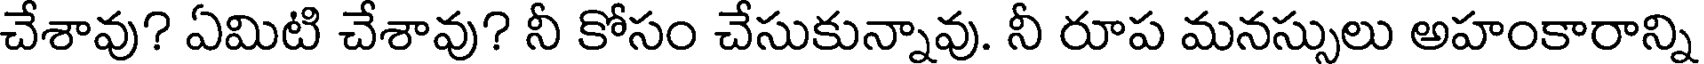
చేశావు? ఏమిటి చేశావు? నీ కోసం చేసుకున్నావు. నీ రూప మనస్సులు అహంకారాన్ని